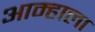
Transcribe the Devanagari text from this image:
आम्‍हाला